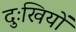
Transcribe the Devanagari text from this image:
दुःखियों